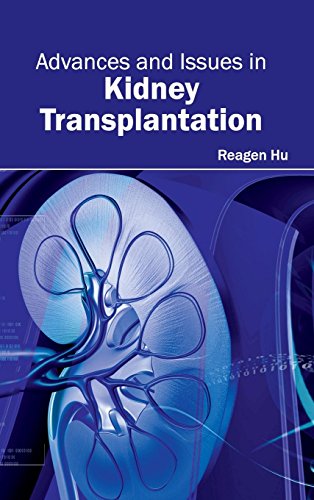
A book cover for Advances and Issues in Kidney Transplantation; Health, Fitness & Dieting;